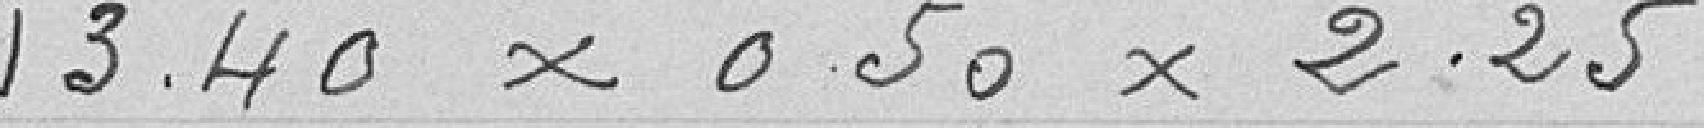
13,40 x 0,50 x 2,25